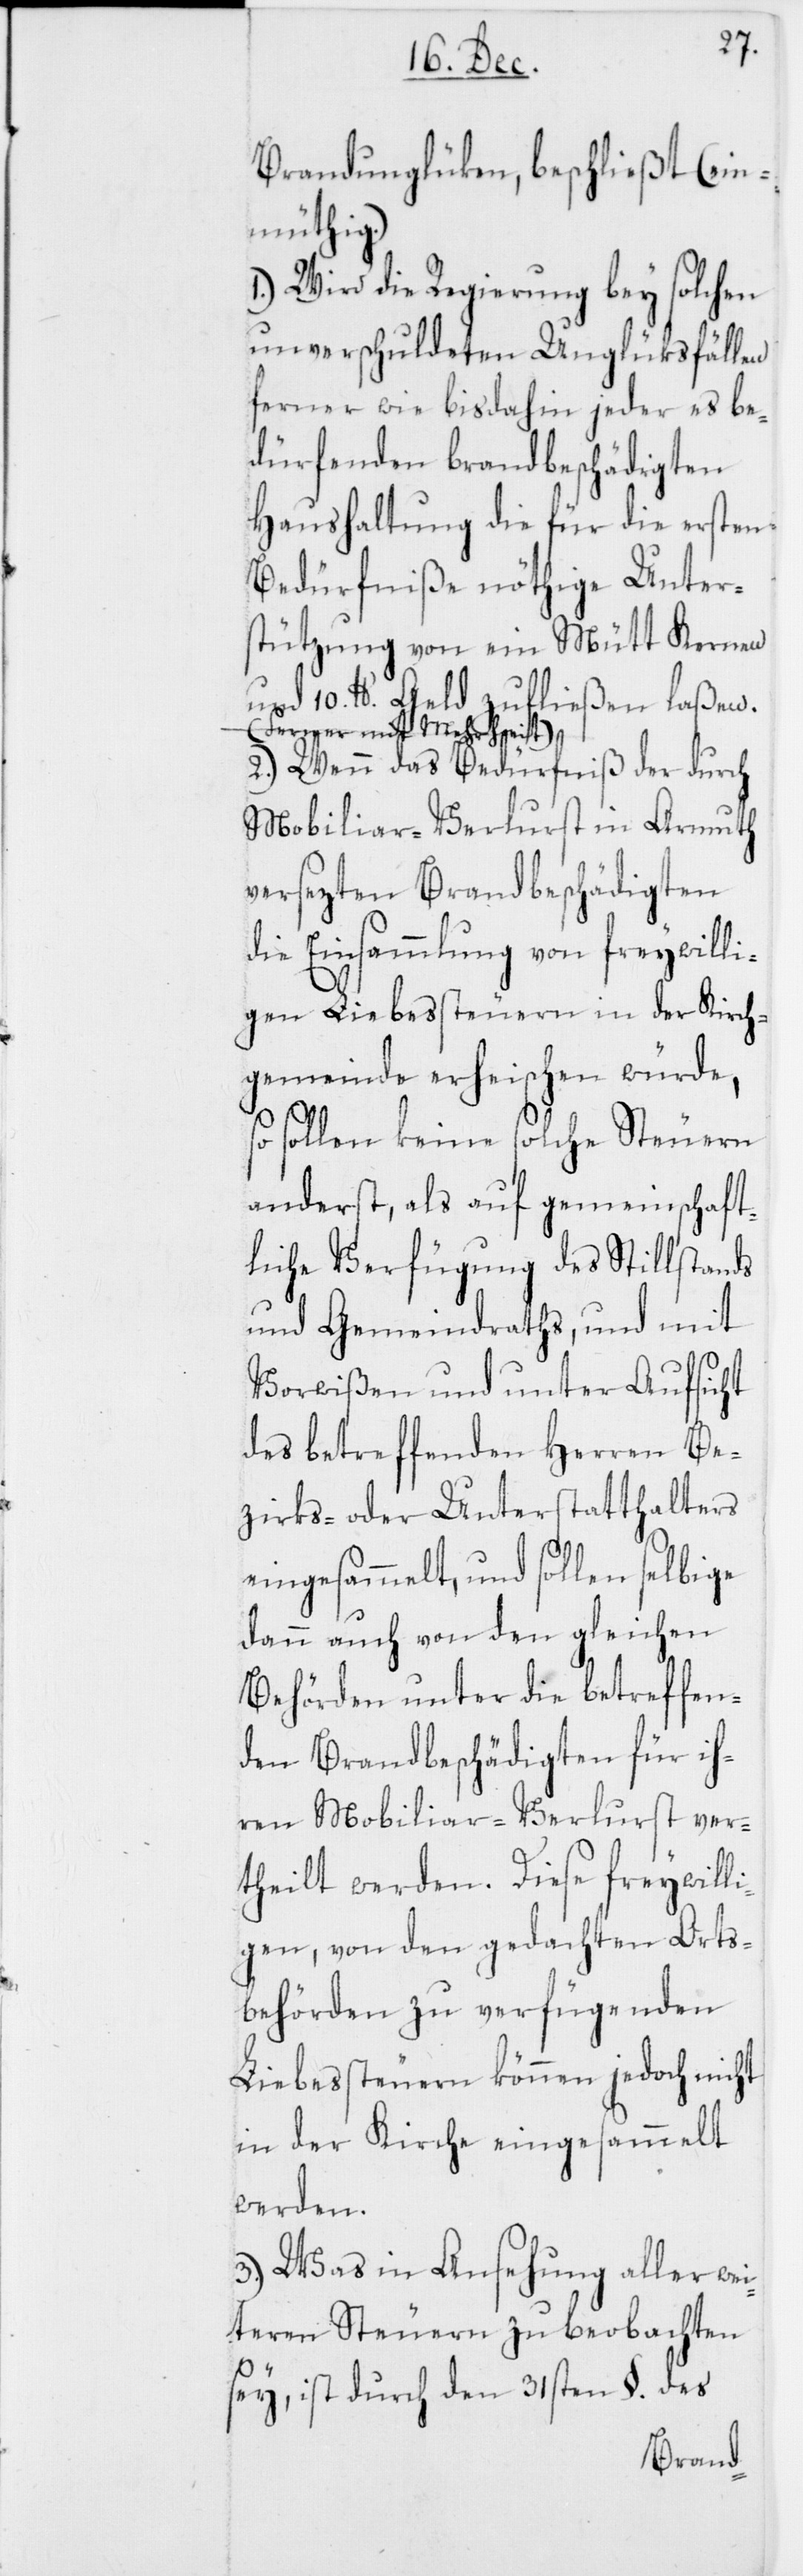
Brandunglüken, beschließt (ein¬
müthig.)
1.) Wird die Regierung bey solchen
unverschuldeten Unglüksfällen
ferner wie bisdahin jeder es be¬
dürfenden brandbeschädigten
Haushaltung die für die ersten
Bedürfniße nöthige Unter¬
stützung von ein Mütt Kernen
und 10. lb. Geld zufließen laßen.
a-(Ferner mit Mehrheit)-a
2.) Wenn das Bedürfniß der durch
Mobiliar-Verlurst in Armuth
versezten Brandbeschädigten
die Einsammlung von freywilli¬
gen Liebessteuern in der Kirch¬
gemeinde erheischen würde,
sollen keine solche Steuern
anderst, als auf gemeinschaft¬
liche Verfügung des Stillstands
und Gemeindraths, und mit
Vorwißen und unter Aufsicht
des betreffenden Herren Be¬
zirks- oder Unterstatthalters
eingesammelt, und sollen selbige
dann auch von den gleichen
Behörden unter die betreffen¬
den Brandbeschädigten für ih¬
ren Mobiliar-Verlurst ver¬
theilt werden. Diese freywilli¬
gen, von den gedachten Orts¬
behörden zu verfügenden
Liebessteuern können jedoch nicht
in der Kirche eingesammelt
werden.
3.) Was in Ansehung aller wei¬
teren Steuern zu beobachten
sey, ist durch den 31sten §. des